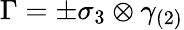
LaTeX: \Gamma=\pm\sigma_{3}\otimes\gamma_{(2)}